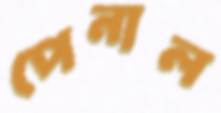
পেনাল